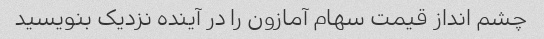
چشم انداز قیمت سهام آمازون را در آینده نزدیک بنویسید